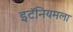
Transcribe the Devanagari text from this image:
इटॅनियमला